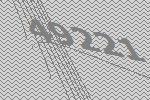
49221